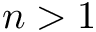
n > 1